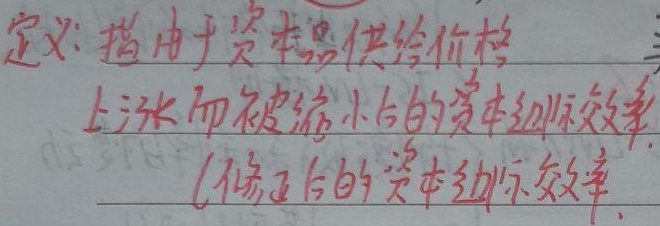
定义：指由于资本品供给价格上涨而被缩小后的资本边际效率（修正后的资本边际效率）